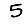
Digit: 5